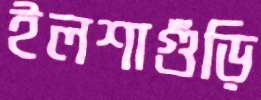
ইলশাগুঁড়ি